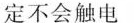
定不会触电